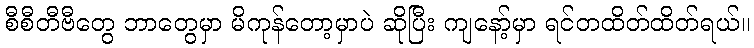
စီစီတီဗီတွေ ဘာတွေမှာ မိကုန်တော့မှာပဲ ဆိုပြီး ကျနော့်မှာ ရင်တထိတ်ထိတ်ရယ်။